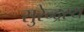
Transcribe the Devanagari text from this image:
सुरेन्द्रस्य